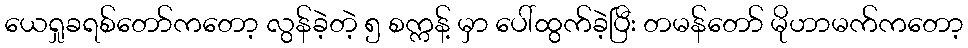
ယေရှုခရစ်တော်ကတော့ လွန်ခဲ့တဲ့ ၅ စက္ကန့် မှာ ပေါ်ထွက်ခဲ့ပြီး တမန်တော် မိုဟာမက်ကတော့